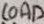
Text: LOAD